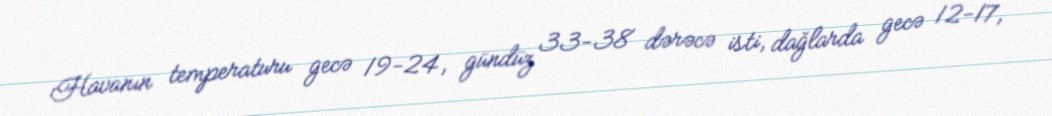
Havanın temperaturu gecə 19-24, gündüz 33-38 dərəcə isti, dağlarda gecə 12-17,